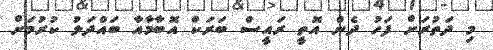
މި ދަތުރަށް ފަހު ދެން އޮތީ ރައީސް ބަރަކް އޮބާމާއާ ބައްދަލު ކުރުމަށް